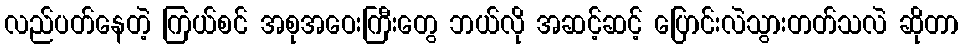
လည်ပတ်နေတဲ့ ကြယ်စင် အစုအဝေးကြီးတွေ ဘယ်လို အဆင့်ဆင့် ပြောင်းလဲသွားတတ်သလဲ ဆိုတာ